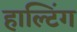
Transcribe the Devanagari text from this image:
हाल्टिंग